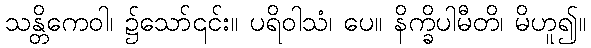
သန္တိကေဝါ၊ ၌သော်၎င်း။ ပရိဝါသံ၊ ပေ။ နိက္ခိပါမီတိ၊ မိဟူ၍။